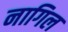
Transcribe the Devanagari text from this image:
नागिल